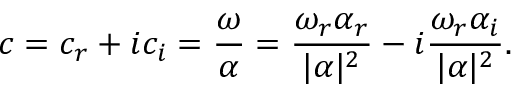
c = c _ { r } + i c _ { i } = \frac { \omega } { \alpha } = \frac { \omega _ { r } \alpha _ { r } } { | \alpha | ^ { 2 } } - i \frac { \omega _ { r } \alpha _ { i } } { | \alpha | ^ { 2 } } .